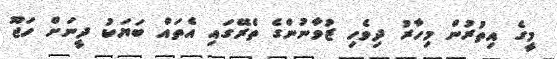
މީގެ އިތުރުން މިހާރު ދިވެހި ޒުވާނުންގެ ތެރޭގައި އެތައް ބަޔަކު ދީނަށް ހަޖޫ